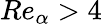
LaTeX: Re_{\alpha}>4